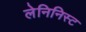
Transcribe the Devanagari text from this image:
लेनिनिस्ट